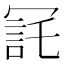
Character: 㓃